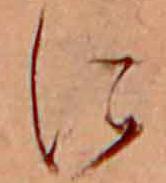
に